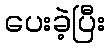
ပေးခဲ့ပြီး